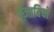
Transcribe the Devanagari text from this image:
पंजाबियो